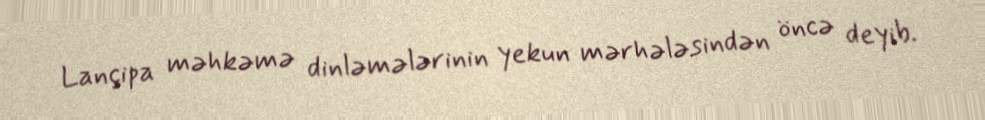
Lançipa məhkəmə dinləmələrinin yekun mərhələsindən öncə deyib.